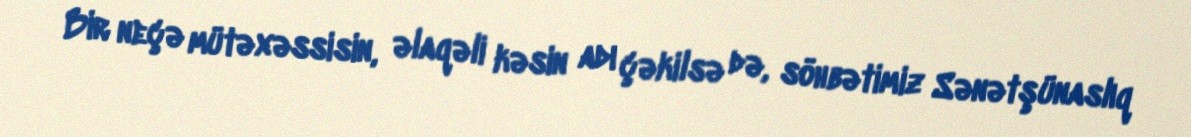
Bir neçə mütəxəssisin, əlaqəli kəsin adı çəkilsə də, söhbətimiz Sənətşünaslıq